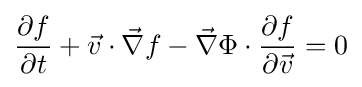
{\partial f \over \partial t}+{\vec {v}}\cdot {\vec {\nabla }}f-{\vec {\nabla }}\Phi \cdot {\partial f \over \partial {\vec {v}}}=0